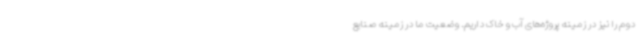
دوم را نیز در زمینه پروژه‌های آب و خاک داریم. وضعیت ما در زمینه صنایع